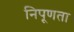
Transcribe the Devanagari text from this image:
निपूणता